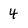
Character: 4